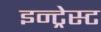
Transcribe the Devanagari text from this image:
इन्ट्रेस्ट